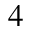
^ 4